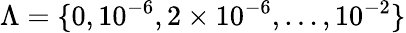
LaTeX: \Lambda=\{ 0,10^{-6},2\times 10^{-6},\ldots,10^{-2}\}